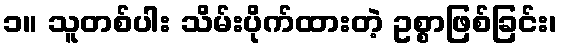
၁။ သူတစ်ပါး သိမ်းပိုက်ထားတဲ့ ဥစ္စာဖြစ်ခြင်း၊